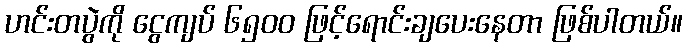
ဟင်းတပွဲကို ငွေကျပ် ၆၅၀၀ ဖြင့်ရောင်းချပေးနေတာ ဖြစ်ပါတယ်။